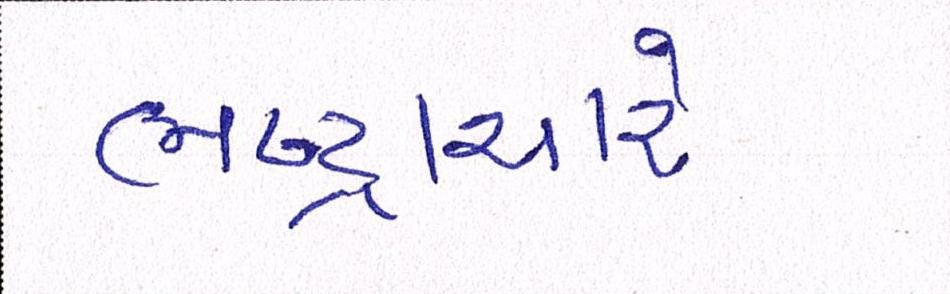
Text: ભ્રષ્ટ્રાચારે